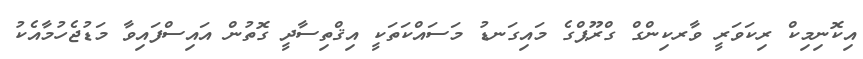
އިކޮނިމިކް ރިކަވަރީ ވާރކިންގް ގްރޫޕްގެ މައިގަނޑު މަސައްކަތަކީ އިޤްތިސާދީ ގޮތުން އައިސްފައިވާ މަޑުޖެހުމާއެކު